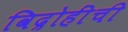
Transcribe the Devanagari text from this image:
विद्रोहींची